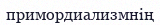
примордиализмнің